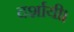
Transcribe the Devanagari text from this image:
दर्शायी।